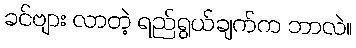
ခင်ဗျား လာတဲ့ ရည်ရွယ်ချက်က ဘာလဲ။